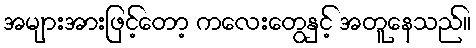
အများအားဖြင့်တော့ ကလေးတွေနှင့် အတူနေသည်။